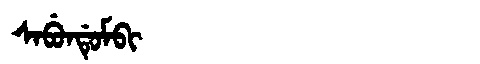
Manchu: ᠰᠠᠪᡠᠨᡩᡠᠮᠪᡳ
Romanization: SABUNDUMBI